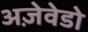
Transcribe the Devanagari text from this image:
अज़ेवेडो